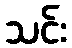
သင်း